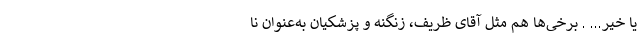
یا خیر... . برخی‌ها هم مثل آقای ظریف، زنگنه و پزشکیان به‌عنوان نا